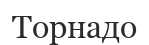
Торнадо